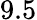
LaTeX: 9.5